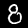
Digit: 8